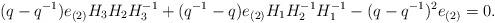
LaTeX: \begin{align*}(q-q^{-1})e_{(2)}H_3H_2H_{3}^{-1}+(q^{-1}-q)e_{(2)}H_1H_{2}^{-1}H_1^{-1}-(q-q^{-1})^{2}e_{(2)}=0.\end{align*}